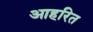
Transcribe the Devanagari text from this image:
आहरित